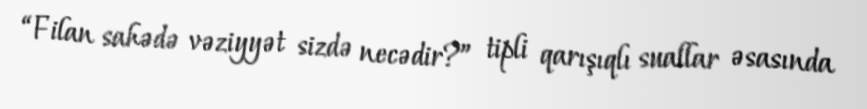
“Filan sahədə vəziyyət sizdə necədir?” tipli qarışıqlı suallar əsasında